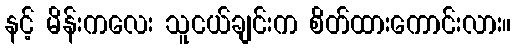
နင့် မိန်းကလေး သူငယ်ချင်းက စိတ်ထားကောင်းလား။